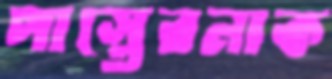
পাস্তেরনাক